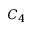
C _ { 4 }